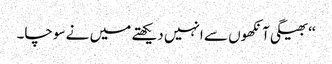
‘‘ بھیگی آنکھوں سے انہیں دیکھتے میں نے سوچا۔